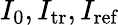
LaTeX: I_{0},I_{\textrm{tr}},I_{\textrm{ref}}